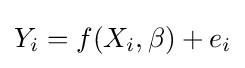
Y_{i}=f(X_{i},\beta )+e_{i}